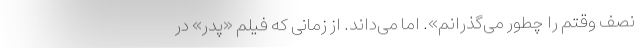
نصف وقتم را چطور می‌گذرانم». اما می‌داند. از زمانی که فیلم «پدر» در